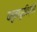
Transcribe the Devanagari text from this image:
यमुनापूरविध्वंसी